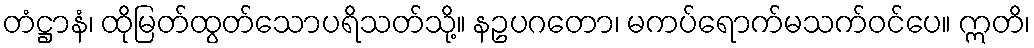
တံဋ္ဌာနံ၊ ထိုမြတ်ထွတ်သောပရိသတ်သို့။ နဥပဂတော၊ မကပ်ရောက်မသက်ဝင်ပေ။ ဣတိ၊